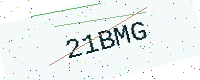
Text: 21BMG